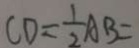
C D = \frac { 1 } { 2 } A B =